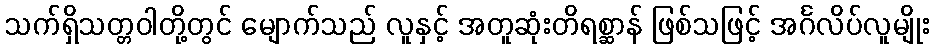
သက်ရှိသတ္တဝါတို့တွင် မျောက်သည် လူနှင့် အတူဆုံးတိရစ္ဆာန် ဖြစ်သဖြင့် အင်္ဂလိပ်လူမျိုး